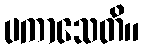
ပကာသေတိ။